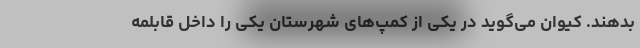
بدهند. کیوان می‌گوید در یکی از کمپ‌های شهرستان یکی را داخل قابلمه